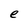
Character: e